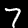
Digit: 7